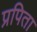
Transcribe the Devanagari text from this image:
प्रपिता